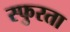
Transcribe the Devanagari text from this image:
स्फुरता